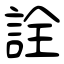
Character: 詮